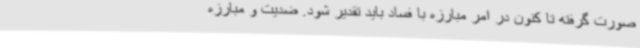
صورت گرفته تا کنون در امر مبارزه با فساد باید تقدیر شود. ضدیت و مبارزه